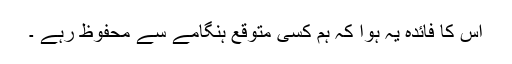
اس کا فائدہ یہ ہوا کہ ہم کسی متوقع ہنگامے سے محفوظ رہے ۔